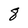
Character: 8